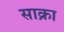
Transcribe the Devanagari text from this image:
साक्रा